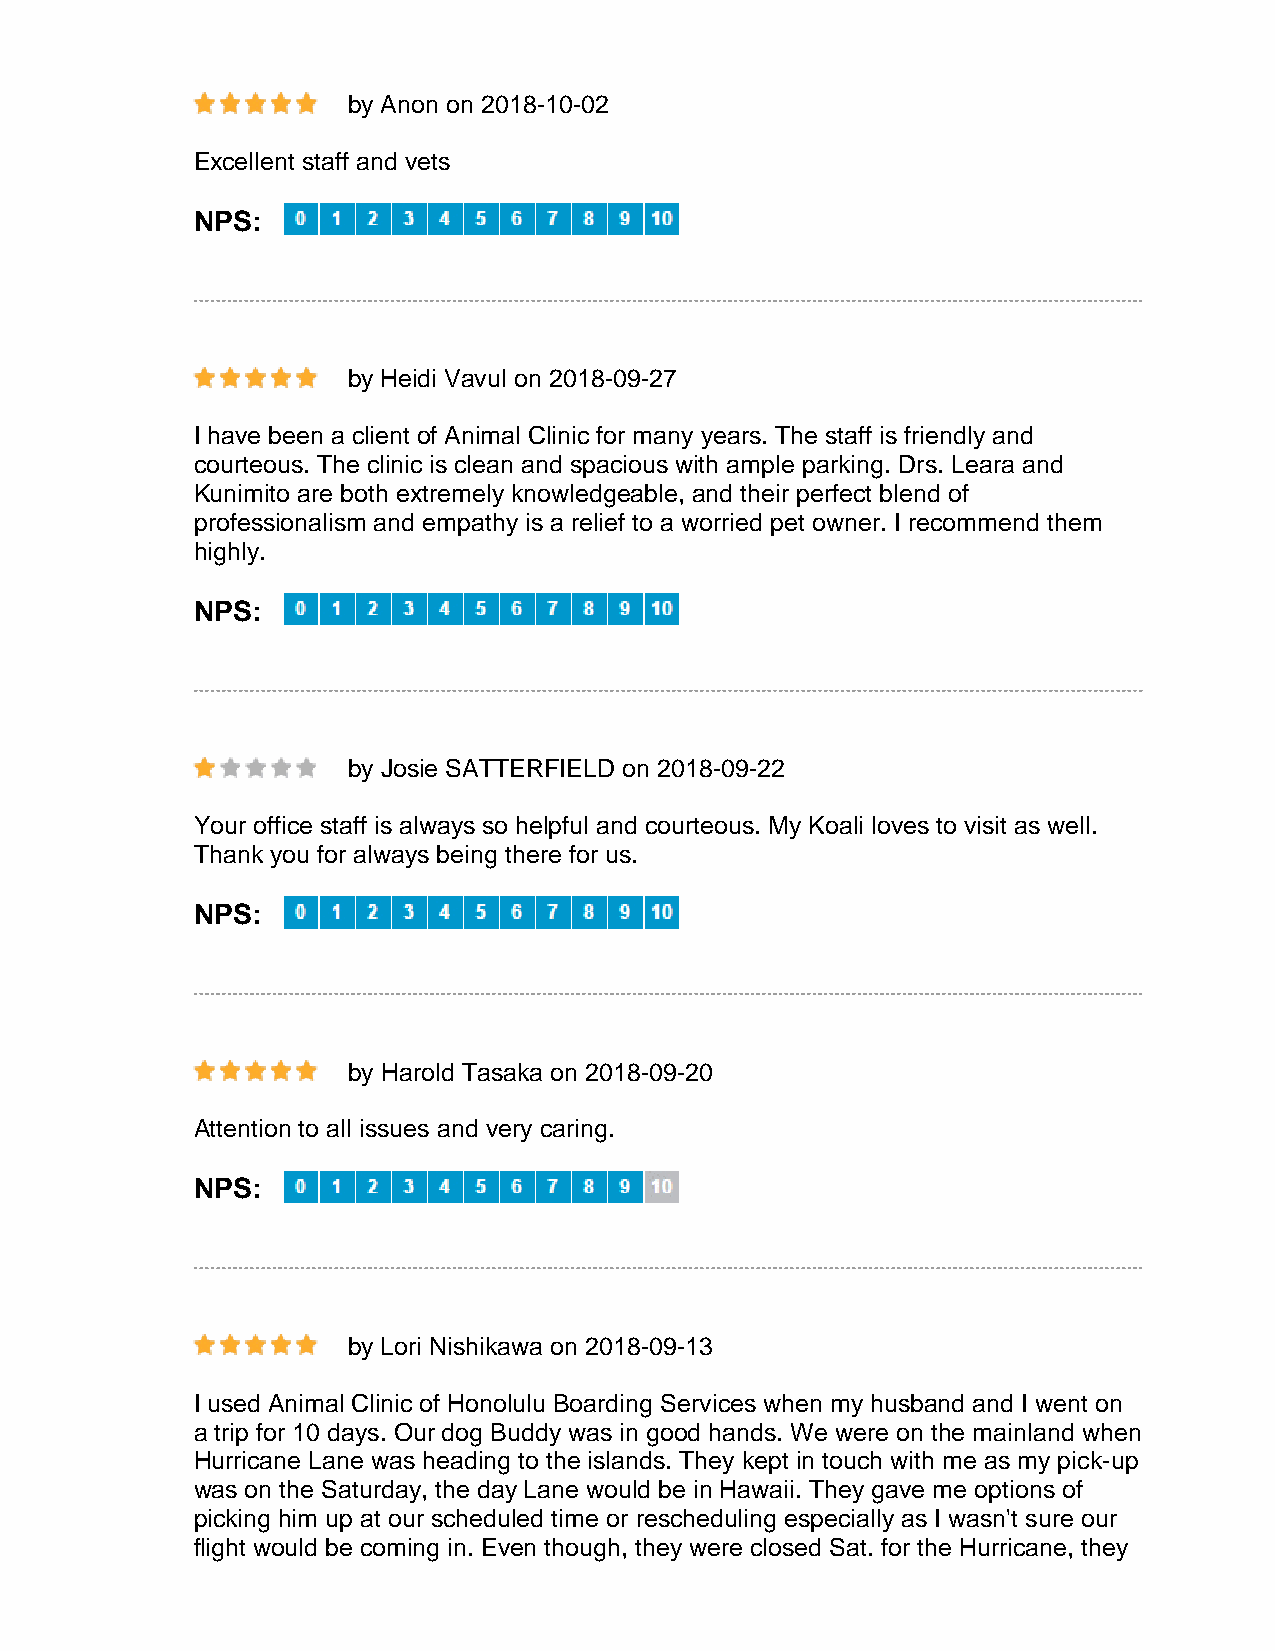
by Anon on 2018-10-02
 Excellent staff and vets
 NPS:
 by Heidi Vavul on 2018-09-27
 I have been a client of Animal Clinic for many years. The staff is friendly and
 courteous. The clinic is clean and spacious with ample parking. Drs. Leara and
 Kunimito are both extremely knowledgeable, and their perfect blend of
 professionalism and empathy is a relief to a worried pet owner. I recommend them
 highly.
 NPS:
 by Josie SATTERFIELD on 2018-09-22
 Your office staff is always so helpful and courteous. My Koali loves to visit as well.
 Thank you for always being there for us.
 NPS:
 by Harold Tasaka on 2018-09-20
 Attention to all issues and very caring.
 NPS:
 by Lori Nishikawa on 2018-09-13
 I used Animal Clinic of Honolulu Boarding Services when my husband and I went on
 a trip for 10 days. Our dog Buddy was in good hands. We were on the mainland when
 Hurricane Lane was heading to the islands. They kept in touch with me as my pick-up
 was on the Saturday, the day Lane would be in Hawaii. They gave me options of
 picking him up at our scheduled time or rescheduling especially as I wasn't sure our
 flight would be coming in. Even though, they were closed Sat. for the Hurricane, they